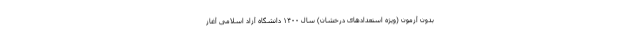
بدون آزمون (ویژه استعدادهای درخشان) سال ۱۴۰۰ دانشگاه آزاد اسلامی آغاز